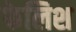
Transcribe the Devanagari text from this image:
फेलिश